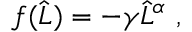
f ( \widehat { L } ) = - \gamma \widehat { L } ^ { \alpha } \ ,